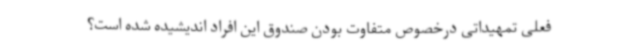
فعلی تمهیداتی درخصوص متفاوت بودن صندوق این افراد اندیشیده شده است؟